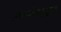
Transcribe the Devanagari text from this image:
प्राण्यांबद्द्ल